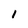
Character: 1